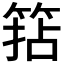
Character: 𥮠